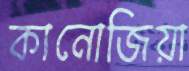
কানোজিয়া